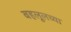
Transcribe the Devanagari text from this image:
बहलूलच्या